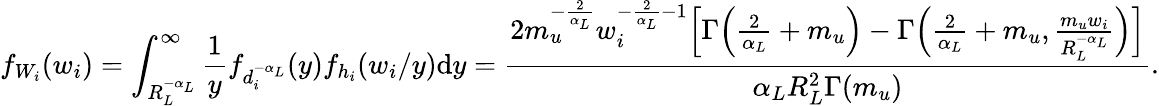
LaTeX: f_{W_{i}}(w_{i})=\int_{R_{L}^{-\alpha_{L}}}^{\infty}\frac{1}{y}f_{d_{i}^{-\alpha_{L}}}(y)f_{h_{i}}(w_{i}/y)\mathrm{d}y=\frac{2m_{u}^{-\frac{2}{\alpha_{L}}}w_{i}^{-\frac{2}{\alpha_{L}}-1}\Big[\Gamma\Big(\frac{2}{\alpha_{L}}+m_{u}\Big)-\Gamma\Big(\frac{2}{\alpha_{L}}+m_{u},\frac{m_{u}w_{i}}{R_{L}^{-\alpha_{L}}}\Big)\Big]}{\alpha_{L}R_{L}^{2}\Gamma(m_{u})}.